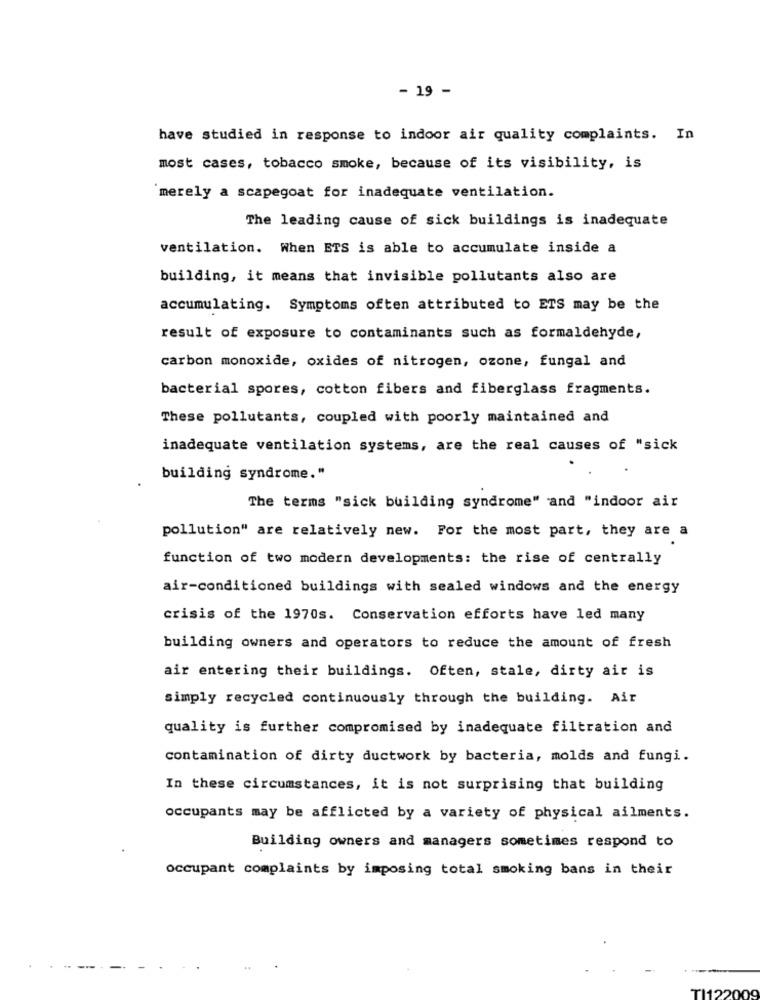
- 19 -
have studied in response to indoor air quality complaints. In
most cases, tobacco smoke, because of its visibility, is
`merely a scapegoat for inadequate ventilation.
The leading cause of sick buildings is inadequate
ventilation. When ETS is able to accumulate inside a
building, it means that invisible pollutants also are
accumulating. Symptoms often attributed to ETS may be the
result of exposure to contaminants such as formaldehyde,
carbon monoxide, oxides of nitrogen, ozone, fungal and
bacterial spores, cotton fibers and fiberglass fragments.
These pollutants, coupled with poorly maintained and
inadequate ventilation systems, are the real causes of "sick
building syndrome."
The terms "sick building syndrome" and "indoor air
pollution" are relatively new. For the most part, they are a
function of two modern developments: the rise of centrally
air-conditioned buildings with sealed windows and the energy
crisis of the 1970s. Conservation efforts have led many
building owners and operators to reduce the amount of fresh
air entering their buildings. Often, stale, dirty air is
simply recycled continuously through the building. Air
quality is further compromised by inadequate filtration and
contamination of dirty ductwork by bacteria, molds and fungi.
In these circumstances, it is not surprising that building
occupants may be afflicted by a variety of physical ailments.
Building owners and managers sometimes respond to
occupant complaints by imposing total smoking bans in their